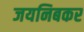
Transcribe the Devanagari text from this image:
जयनिबकर